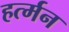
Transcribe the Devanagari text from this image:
हर्त्मन